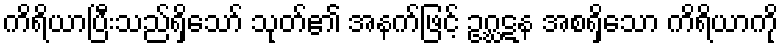
ကိရိယာပြီးသည်ရှိသော် သုတ်၏ အနက်ဖြင့် ဥဂ္ဃဋန အစရှိသော ကိရိယာကို